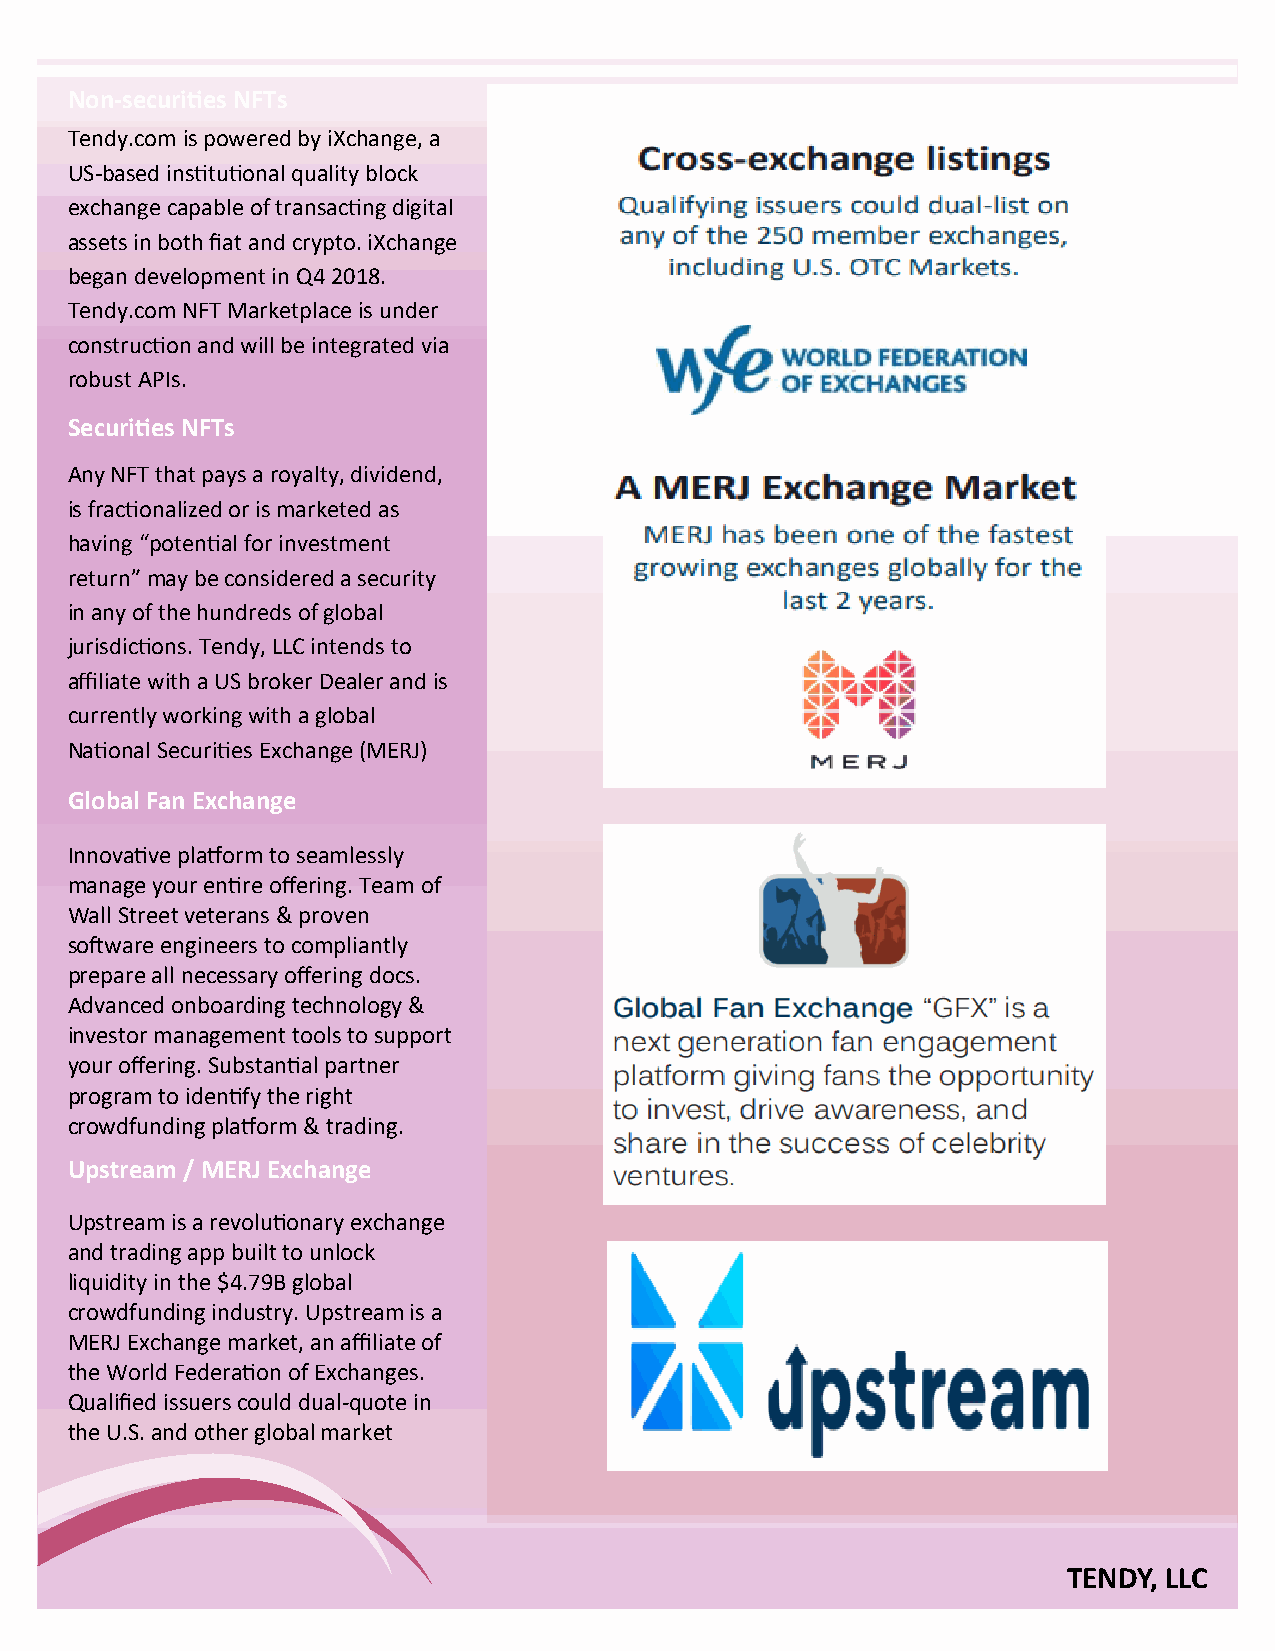
Non-securities NFTs
 Tendy.com is powered by iXchange, a
 US-based institutional quality block
 exchange capable of transacting digital
 assets in both fiat and crypto. iXchange
 began development in Q4 2018.
 Tendy.com NFT Marketplace is under
 construction and will be integrated via
 robust APIs.
 Securities NFTs
 Any NFT that pays a royalty, dividend,
 is fractionalized or is marketed as
 having “potential for investment
 return” may be considered a security
 in any of the hundreds of global
 jurisdictions. Tendy, LLC intends to
 affiliate with a US broker Dealer and is
 currently working with a global
 National Securities Exchange (MERJ)
 Global Fan Exchange
 Innovative platform to seamlessly
 manage your entire offering. Team of
 Wall Street veterans & proven
 software engineers to compliantly
 prepare all necessary offering docs.
 Advanced onboarding technology &
 investor management tools to support
 your offering. Substantial partner
 program to identify the right
 crowdfunding platform & trading.
 Upstream / MERJ Exchange
 Upstream is a revolutionary exchange
 and trading app built to unlock
 liquidity in the $4.79B global
 crowdfunding industry. Upstream is a
 MERJ Exchange market, an affiliate of
 the World Federation of Exchanges.
 Qualified issuers could dual-quote in
 the U.S. and other global market
 TENDY, LLC